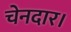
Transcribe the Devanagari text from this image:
चेनदार।